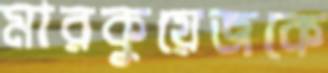
মারকুয়েজকে